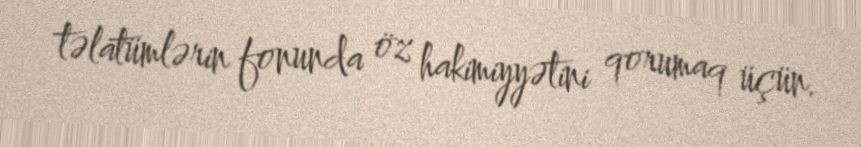
təlatümlərin fonunda öz hakimiyyətini qorumaq üçün.